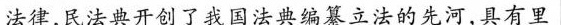
法律,民法典开创了我国法典编篡立法的先河,具有里